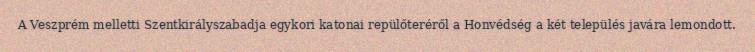
A Veszprém melletti Szentkirályszabadja egykori katonai repülőteréről a Honvédség a két település javára lemondott.